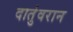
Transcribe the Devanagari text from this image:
दातुंवरान